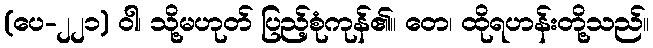
(ပေ-၂၂၁) ဝါ၊ သို့မဟုတ် ပြည့်စုံကုန်၏။ တေ၊ ထိုရဟန်းတို့သည်။